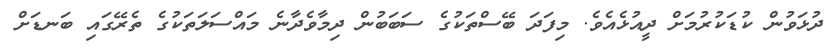
ދުޅަވުން ކުޑަކުރުމަށް ދީއުޅެއެވެ. މިފަދަ ބޭސްތަކުގެ ސަބަބުން ދިމާވެދާނެ މައްސަލަތަކުގެ ތެރޭގައި ބަނޑަށް